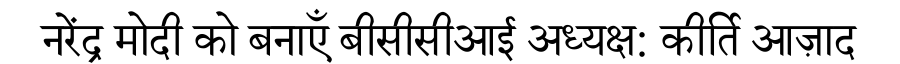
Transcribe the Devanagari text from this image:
नरेंद्र मोदी को बनाएँ बीसीसीआई अध्यक्ष: कीर्ति आज़ाद